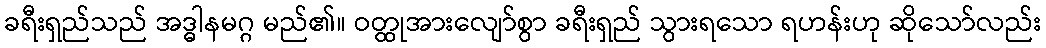
ခရီးရှည်သည် အဒ္ဓါနမဂ္ဂ မည်၏။ ဝတ္ထုအားလျော်စွာ ခရီးရှည် သွားရသော ရဟန်းဟု ဆိုသော်လည်း